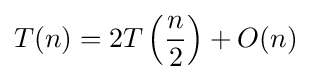
T(n)=2T\left({\frac {n}{2}}\right)+O(n)